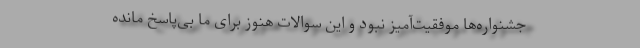
جشنواره‌ها موفقیت‌آمیز نبود و این سوالات هنوز برای ما بی‌پاسخ مانده